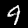
Label: 9